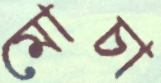
মোচা